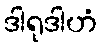
ဒါရုဒါဟံ